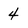
Character: 4